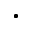
\bullet -